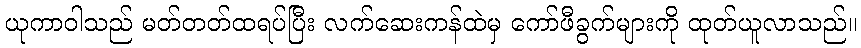
ယုကာဝါသည် မတ်တတ်ထရပ်ပြီး လက်ဆေးကန်ထဲမှ ကော်ဖီခွက်များကို ထုတ်ယူလာသည်။